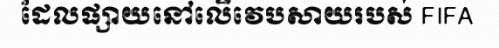
ដែលផ្សាយនៅលើវេបសាយរបស់ FIFA